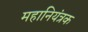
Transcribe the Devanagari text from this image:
महानियंत्रक